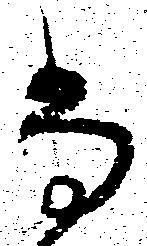
尚